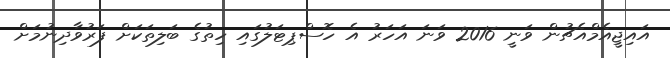
އައިޖީއެމްއެޗުން ވަނީ 2016 ވަނަ އަހަރު އެ ހޮސްޕިޓަލުގައި ހިތުގެ ބަލިތަކަށް ފަރުވާދިނުމަށް